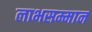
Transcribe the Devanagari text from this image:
लाभसम्मान